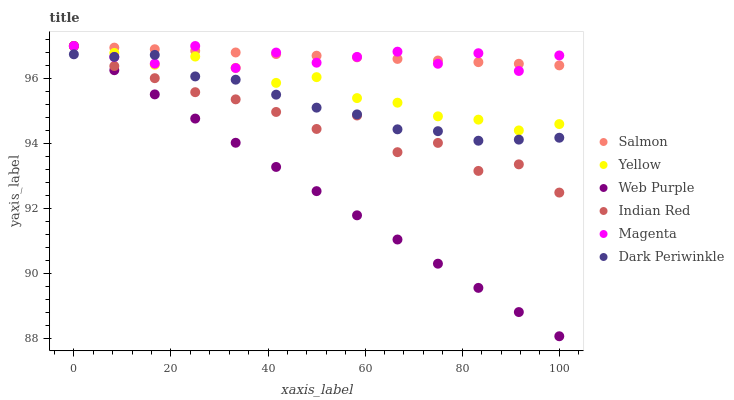
| xaxis_label | Salmon | Yellow | Web Purple | Indian Red | Magenta | Dark Periwinkle |
 | --- | --- | --- | --- | --- | --- | --- |
 | 0 | 97 | 97 | 97 | 97 | 97 | 96.7 |
 | 8.33 | 97 | 96.8 | 96.3 | 96.4 | 96.7 | 96.7 |
 | 16.7 | 96.9 | 96.4 | 95.5 | 96 | 96.5 | 96.7 |
 | 25 | 96.9 | 96.7 | 94.8 | 95.6 | 97 | 96.1 |
 | 33.3 | 96.8 | 96.3 | 94 | 95.4 | 96.3 | 96 |
 | 41.7 | 96.8 | 95.9 | 93.3 | 95 | 96.8 | 95.5 |
 | 50 | 96.7 | 96 | 92.5 | 94.5 | 96.5 | 95.1 |
 | 58.3 | 96.7 | 95.4 | 91.8 | 94.9 | 96.7 | 94.9 |
 | 66.7 | 96.6 | 95.3 | 91.1 | 93.7 | 96.8 | 94.4 |
 | 75 | 96.6 | 94.8 | 90.3 | 94 | 96.5 | 94.4 |
 | 83.3 | 96.5 | 94.7 | 89.6 | 93.2 | 96.8 | 94.1 |
 | 91.7 | 96.5 | 94.4 | 88.8 | 93.4 | 96.2 | 94.1 |
 | 100 | 96.4 | 94.6 | 88.1 | 92.5 | 96.7 | 94.2 |